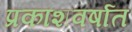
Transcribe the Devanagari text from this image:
प्रकाशवर्षात